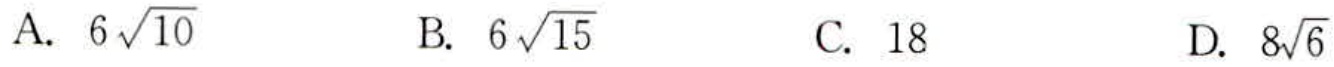
A. \(6\sqrt{10}\)

B. \(6\sqrt{15}\)

C. \(18\)

D. \(8\sqrt{6}\)